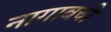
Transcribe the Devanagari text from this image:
नागावची